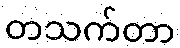
တသက်တာ